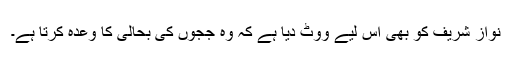
نواز شریف کو بھی اس لیے ووٹ دیا ہے کہ وہ ججوں کی بحالی کا وعدہ کرتا ہے۔